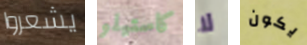
يشعروا كاستيلو لا يكون